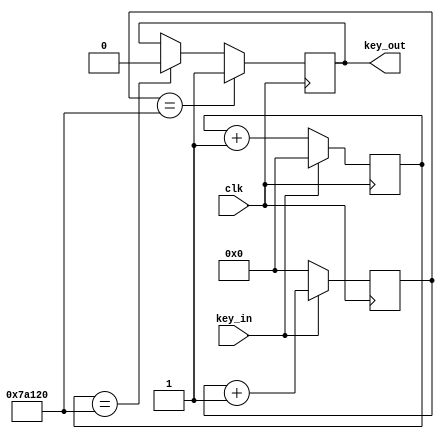
 //module key(key_in,key_out,CP,nCR);
module key(key_in,key_out,clk);
parameter SAMPLE_TIME = 23'd500000;
input clk;
input key_in;
output key_out;

reg [22:0] count_low;
reg [22:0] count_high;

reg key_out_reg;

always @(posedge clk)
 if(key_in ==1'b0)
  count_low <= count_low + 1'b1;
 else
  count_low <= 0;

always @(posedge clk)
 if(key_in ==1'b1)
  count_high <= count_high + 1'b1;
 else
  count_high <= 0;
  
always @(posedge clk)
 if(count_high == SAMPLE_TIME)
  key_out_reg <= 1'b1;
 else if(count_low == SAMPLE_TIME)
  key_out_reg <= 0;

assign key_out = key_out_reg;

endmodule